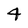
Character: 4